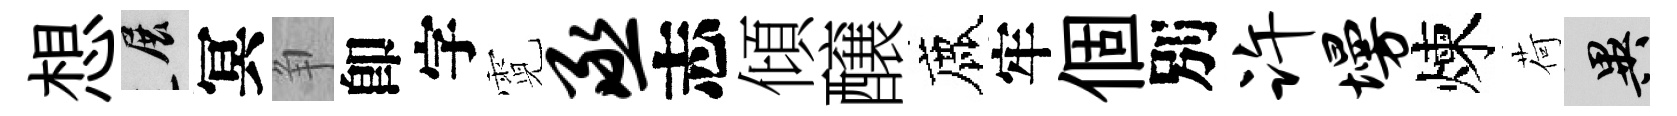
想展冥争卽字霓丞志傾醸鹿牢個別许墁煉荷异